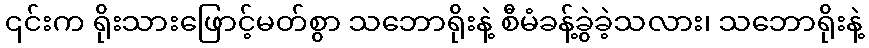
၎င်းက ရိုးသားဖြောင့်မတ်စွာ သဘောရိုးနဲ့ စီမံခန့်ခွဲခဲ့သလား၊ သဘောရိုးနဲ့